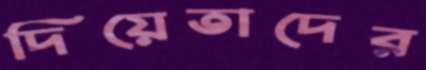
দিয়েতাদের